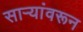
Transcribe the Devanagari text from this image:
साऱ्यांवरून